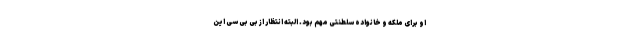
او برای ملکه و خانواده سلطنتی مهم بود. البته انتظار از بی بی سی این